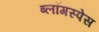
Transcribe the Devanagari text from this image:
ब्लॉगस्पेस